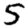
Digit: 5